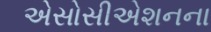
એસોસીએશનના